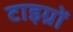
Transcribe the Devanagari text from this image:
टाइग्रों